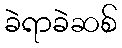
ခဲရာခဲဆစ်